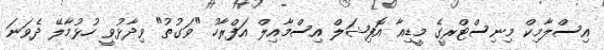
އިސްލާމިކް މިނިސްޓްރީގެ މީޑިއާ އޮފިޝަލް އިސްމާއިލް އަފްރާހު "ވަގުތު" ވިދާޅުވީ ހުޅުމާލޭ ދެވަނަ